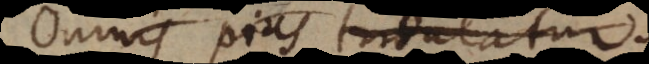
Omnis pius tribulatur.